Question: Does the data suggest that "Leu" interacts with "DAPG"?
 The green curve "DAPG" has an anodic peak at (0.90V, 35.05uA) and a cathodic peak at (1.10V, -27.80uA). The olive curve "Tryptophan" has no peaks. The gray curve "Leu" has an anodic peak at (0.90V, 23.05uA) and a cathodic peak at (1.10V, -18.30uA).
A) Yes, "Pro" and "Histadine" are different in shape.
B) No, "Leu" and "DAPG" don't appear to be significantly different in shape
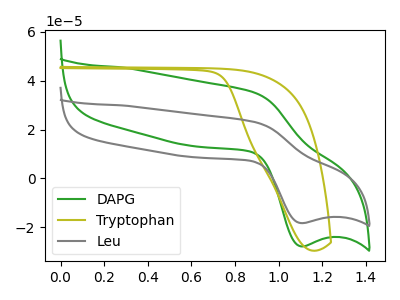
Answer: <think>All the peaks in "Leu" have a peak in "DAPG" at the same potential. Every peak in "Leu" is lower than every peak in "DAPG".
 </think>
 <answer>B) No, "Leu" and "DAPG" don't appear to be significantly different in shape</answer>
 <eval>B</eval>